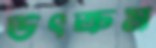
উৎক্রম